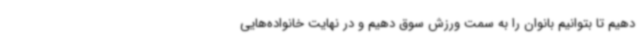
دهیم تا بتوانیم بانوان را به سمت ورزش سوق دهیم و در نهایت خانواده‌هایی